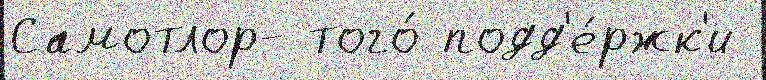
Самотлор- того́ подд'е́ржк'и